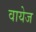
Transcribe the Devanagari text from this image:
वायेज